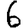
Digit: 6